Indian journal of veterinary science and animal husbandry - Volume 5,
Year: 1935
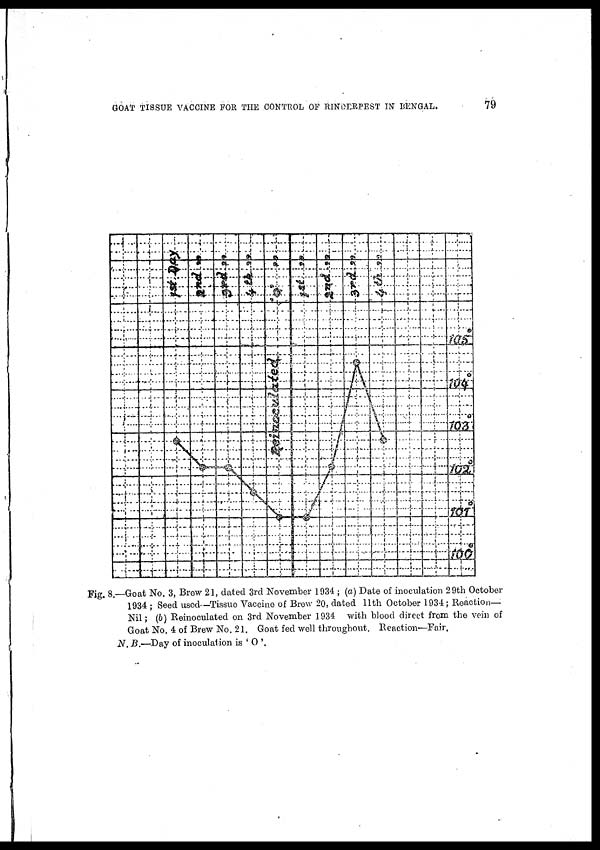
GOAT TISSUE VACCINE FOR THE CONTROL OF RINDERPEST IN BENGAL.
79
Fig. 8.—Goat No. 3, Brew 21, dated 3rd November 1934 ; (a) Date of inoculation 29th October
1934 ; Seed used—Tissue Vaccine of Brew 20, dated 11th October 1934 ; Reaction—
Nil ; (b) Reinoculated on 3rd November 1934 with blood direct from the vein of
Goat No. 4 of Brew No. 21. Goat fed well throughout. Reaction—Fair.
N. B.—Day of inoculation is ' O '.